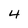
Character: 4